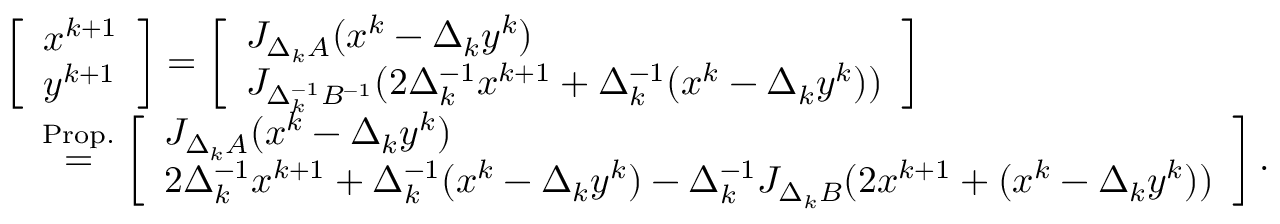
\begin{array} { r l } & { \left[ \begin{array} { l } { x ^ { k + 1 } } \\ { y ^ { k + 1 } } \end{array} \right] = \left[ \begin{array} { l } { J _ { \Delta _ { k } A } ( x ^ { k } - \Delta _ { k } y ^ { k } ) } \\ { J _ { \Delta _ { k } ^ { - 1 } B ^ { - 1 } } ( 2 \Delta _ { k } ^ { - 1 } x ^ { k + 1 } + \Delta _ { k } ^ { - 1 } ( x ^ { k } - \Delta _ { k } y ^ { k } ) ) } \end{array} \right] } \\ & { \quad \overset { \mathrm { P r o p . } } { = } \left[ \begin{array} { l } { J _ { \Delta _ { k } A } ( x ^ { k } - \Delta _ { k } y ^ { k } ) } \\ { 2 \Delta _ { k } ^ { - 1 } x ^ { k + 1 } + \Delta _ { k } ^ { - 1 } ( x ^ { k } - \Delta _ { k } y ^ { k } ) - \Delta _ { k } ^ { - 1 } J _ { \Delta _ { k } B } ( 2 x ^ { k + 1 } + ( x ^ { k } - \Delta _ { k } y ^ { k } ) ) } \end{array} \right] . } \end{array}